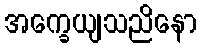
အက္ခေယျသညိနော